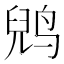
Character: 𱊈